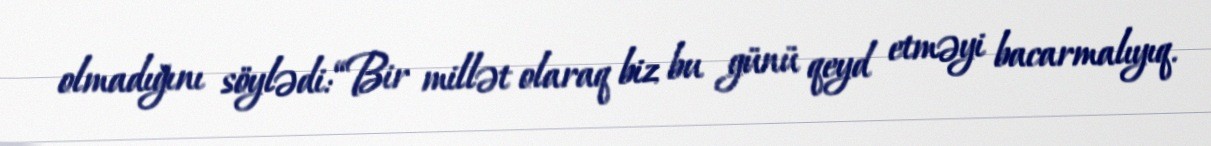
olmadığını söylədi: “Bir millət olaraq biz bu günü qeyd etməyi bacarmalıyıq.